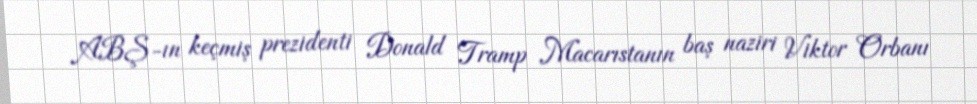
ABŞ-ın keçmiş prezidenti Donald Tramp Macarıstanın baş naziri Viktor Orbanı